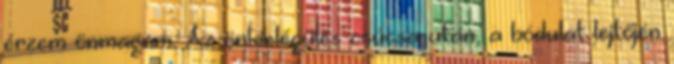
érzem önmagam. Az önkielégülés csúcsa után, a bódulat lejtőjén